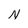
Character: N